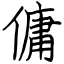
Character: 傭